Code of medical and sanitary regulations for the guidance of medical officers serving in the Madras Presidency - Volume II
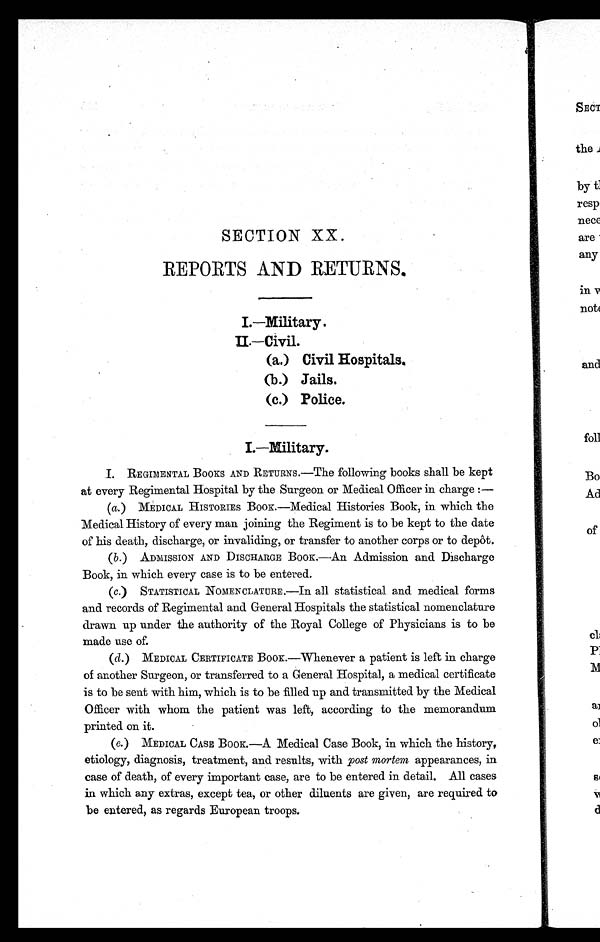
SECTION XX.
REPORTS AND RETURNS.
I.—Military.
II.—Civil.
(a.) Civil Hospitals.
(b.) Jails.
(c.) Police.
I.—Military.
I
. REGIMENTAL BOOKS AND RETURNS.—The following books shall be kept
at every Regimental Hospital by the Surgeon or Medical Officer in charge :—
(a.) MEDICAL HISTORIES BOOK.—Medical Histories Book, in which the
Medical History of every man joining the Regiment is to be kept to the date
of his death, discharge, or invaliding, or transfer to another corps or to depôt.
(b.) ADMISSION AND DISCHARGE BOOK.—An Admission and Discharge
Book, in which every case is to be entered.
(c.) STATISTICAL NOMENCLATURE.—In all statistical and medical forms
and records of Regimental and General Hospitals the statistical nomenclature
drawn up under the authority of the Royal College of Physicians is to be
made use of.
( d. ) MEDICAL CERTIFICATE BOOK.—Whenever a patient is left in charge
of another Surgeon, or transferred to a General Hospital, a medical certificate
is to be sent with him, which is to be filled up and transmitted by the Medical
Officer with whom the patient was left, according to the memorandum
printed on it.
(e. ) MEDICAL CASE BOOK.—A Medical Case Book, in which the history,
etiology, diagnosis, treatment, and results, with post mortem appearances, in
case of death, of every important case, are to be entered in detail. All cases
in which any extras, except tea, or other diluents are given, are required to
be entered, as regards European troops.